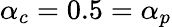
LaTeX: \alpha_{c}=0.5=\alpha_{p}